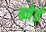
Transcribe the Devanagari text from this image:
ब्नेई